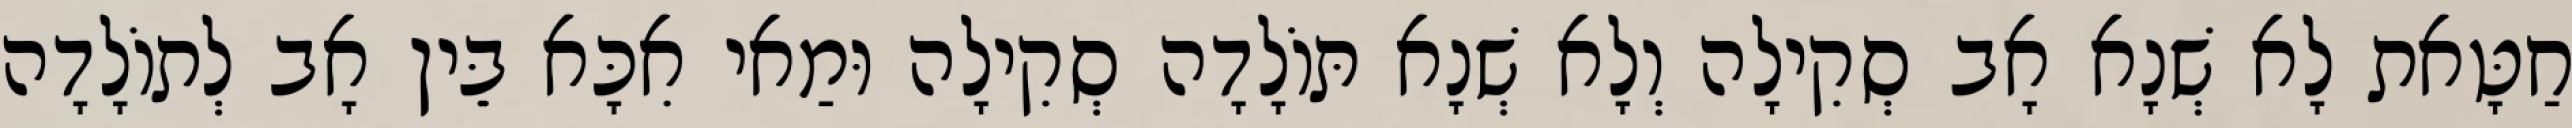
חַטָּאת לָא שְׁנָא אָב סְקִילָה וְלָא שְׁנָא תּוֹלָדָה סְקִילָה וּמַאי אִכָּא בֵּין אָב לְתוֹלָדָה